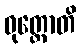
ဝုတ္တောတိ